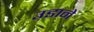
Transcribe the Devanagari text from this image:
उ़डाने